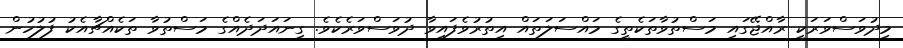
މިދުވަސްވަރަކީ ރާއްޖޭގައި މަސްތުވާތަކެތީގެ މައްސަލަތައް އިތުރުވެފައިވާ ދުވަސްވަރެކެވެ. ގިނައަދަދެއްގެ މަސްތުވާ ތަކެއްޗާއެކު ފުލުހުން